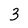
Character: 3